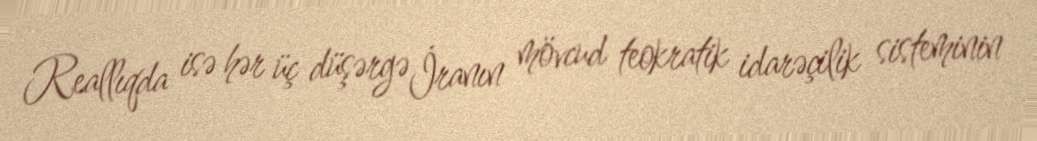
Reallıqda isə hər üç düşərgə İranın mövcud teokratik idarəçilik sisteminin